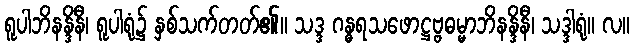
ရူပါဘိနန္ဒိနီ၊ ရူပါရုံ၌ နှစ်သက်တတ်၏။ သဒ္ဒ ဂန္ဓရသဖောဋ္ဌဗ္ဗဓမ္မာဘိနန္ဒိနီ၊ သဒ္ဒါရုံ။ လ။